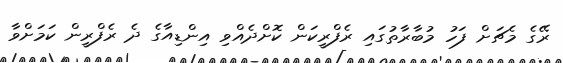
ރޭގެ މެޗަށް ފަހު މުބާރާތުގައި ރެފްރީކަން ކޮށްދެއްވި އިންޑިއާގެ ދެ ރެފްރީން ކަމަށްވާ